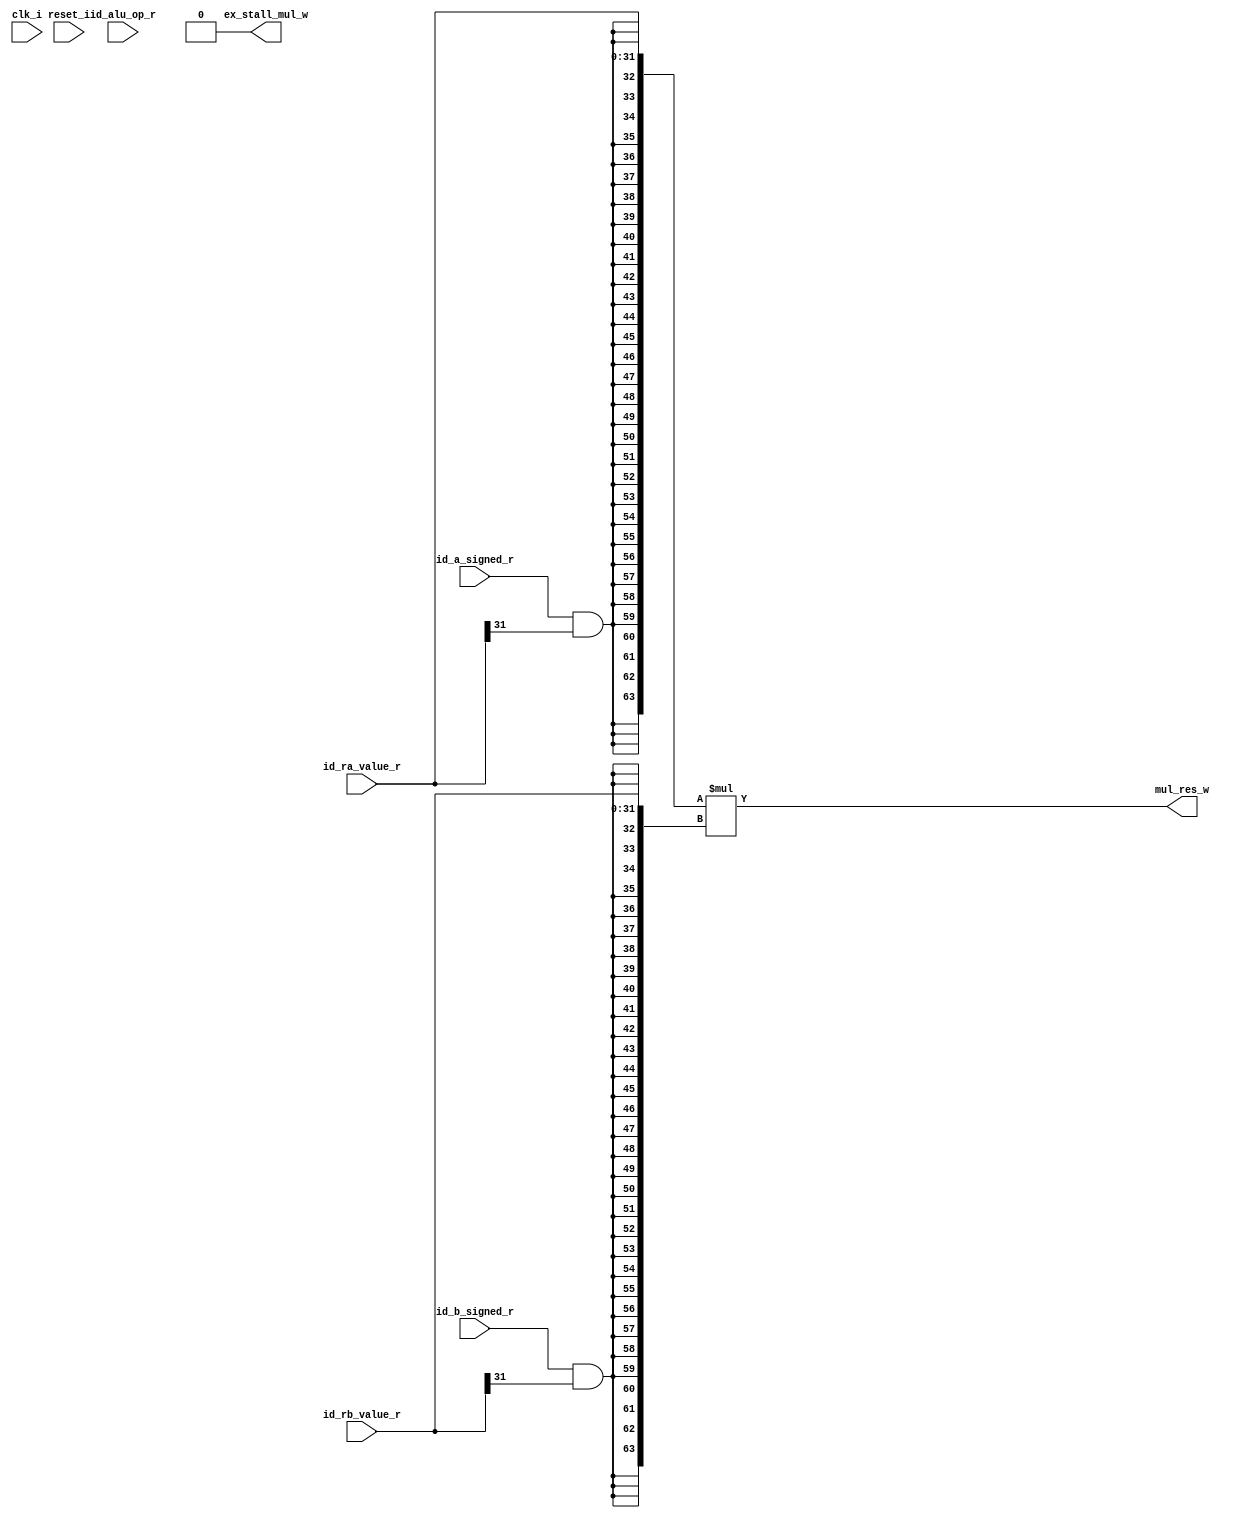
module riscv_multiplier(
input clk_i,
input reset_i,
input [3:0] id_alu_op_r,
input id_a_signed_r,
input id_b_signed_r,
input [31:0] id_ra_value_r,
input [31:0] id_rb_value_r,
output [63:0] mul_res_w,
output ex_stall_mul_w
);
// Signed
wire mul_negative_w;
wire [31:0] mul_a_w;
wire [31:0] mul_b_w;

assign mul_negative_w = (id_a_signed_r && id_ra_value_r[31]) ^ (id_b_signed_r && id_rb_value_r[31]);
assign mul_a_w = (id_a_signed_r && id_ra_value_r[31]) ? -id_ra_value_r : id_ra_value_r;
assign mul_b_w = (id_b_signed_r && id_rb_value_r[31]) ? -id_rb_value_r : id_rb_value_r;

// Multiplier
//-------------------------------------------------------------------------------------------------------
//*** Dedicated multiplier circuit use
//-------------------------------------------------------------------------------------------------------
wire [63:0] mul_opa_a_w;
wire [63:0] mul_opa_b_w;

assign  mul_opa_a_w = { {32{id_a_signed_r & id_ra_value_r[31]}}, id_ra_value_r };
assign  mul_opa_b_w = { {32{id_b_signed_r & id_rb_value_r[31]}}, id_rb_value_r };
assign  mul_res_w = mul_opa_a_w * mul_opa_b_w; 		
assign  ex_stall_mul_w = 1'b0;

endmodule